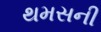
થમસની